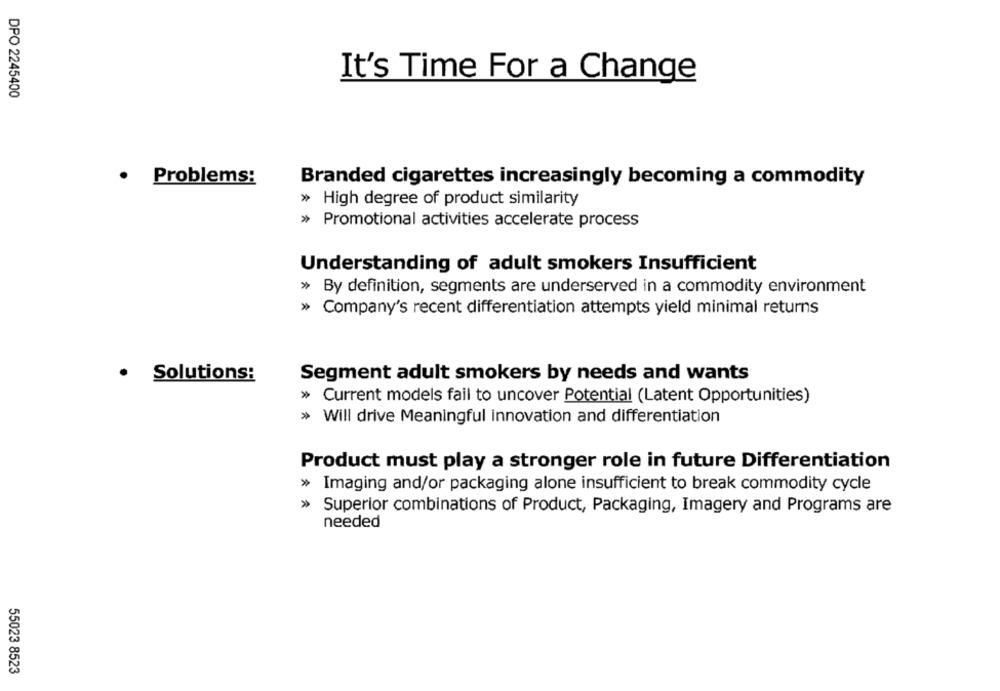
It's Time For a Change
DPO 2245400
.
Problems:
Branded cigarettes increasingly becoming a commodity
» High degree of product similarity
» Promotional activities accelerate process
Understanding of adult smokers Insufficient
» By definition, segments are underserved in a commodity environment
» Company's recent differentiation attempts yield minimal returns
Solutions:
Segment adult smokers by needs and wants
» Current models fail to uncover Potential (Latent Opportunities)
» Will drive Meaningful innovation and differentiation
Product must play a stronger role in future Differentiation
» Imaging and/or packaging alone insufficient to break commodity cycle
> Superior combinations of Product, Packaging, Imagery and Programs are
needed
55023 8523